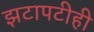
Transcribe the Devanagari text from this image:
झटापटीही